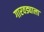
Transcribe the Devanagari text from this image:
गारवड्याला